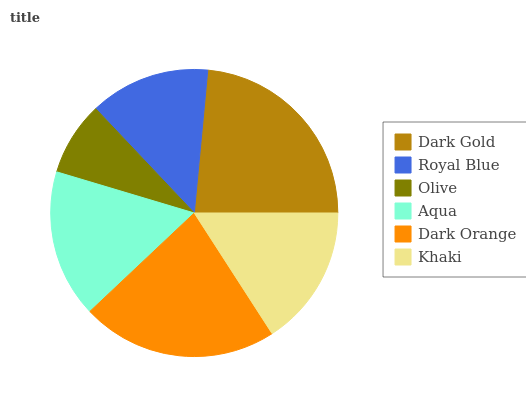
| Dark Gold | Royal Blue | Olive | Aqua | Dark Orange | Khaki |
 | --- | --- | --- | --- | --- | --- |
 | 23.5% | 13.5% | 8.31% | 16.7% | 22.1% | 15.9% |